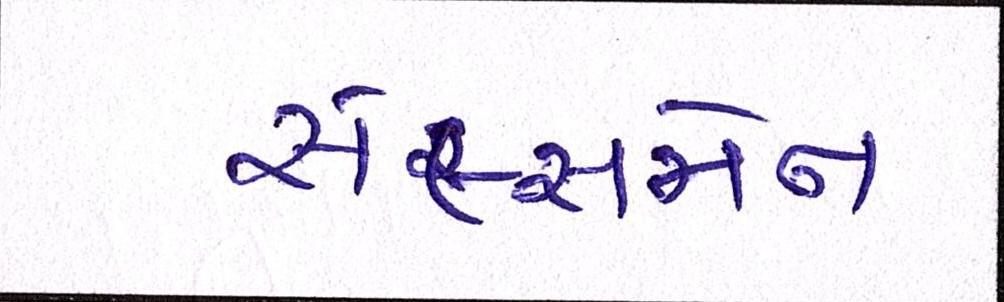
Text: સેલ્સમેન